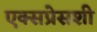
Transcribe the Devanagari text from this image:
एक्सप्रेसशी